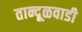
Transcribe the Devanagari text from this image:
तान्दूळवाडी